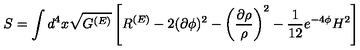
S = \int d ^ { 4 } x \sqrt { G ^ { ( E ) } } \left[ R ^ { ( E ) } - 2 ( \partial \phi ) ^ { 2 } - \left( \frac { \partial \rho } { \rho } \right) ^ { 2 } - \frac { 1 } { 1 2 } e ^ { - 4 \phi } H ^ { 2 } \right]